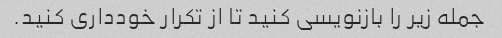
جمله زیر را بازنویسی کنید تا از تکرار خودداری کنید.